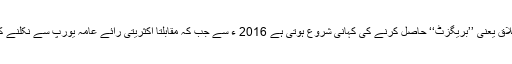
یورپ سے طلاق یعنی ’’بریگزٹ‘‘ حاصل کرنے کی کہانی شروع ہوتی ہے 2016 ء سے جب کہ مقابلتاً اکثریتی رائے عامہ یورپ سے نکلنے کی حامی تھی۔